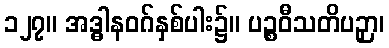
၁၂၇။ အဒ္ဓါနဝဂ်နှစ်ပါး၌။ ပဉ္စဝီသတိပဉှာ၊